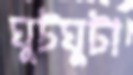
ঘুটঘুটা